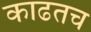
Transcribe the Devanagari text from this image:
काढतच